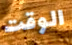
الوقت